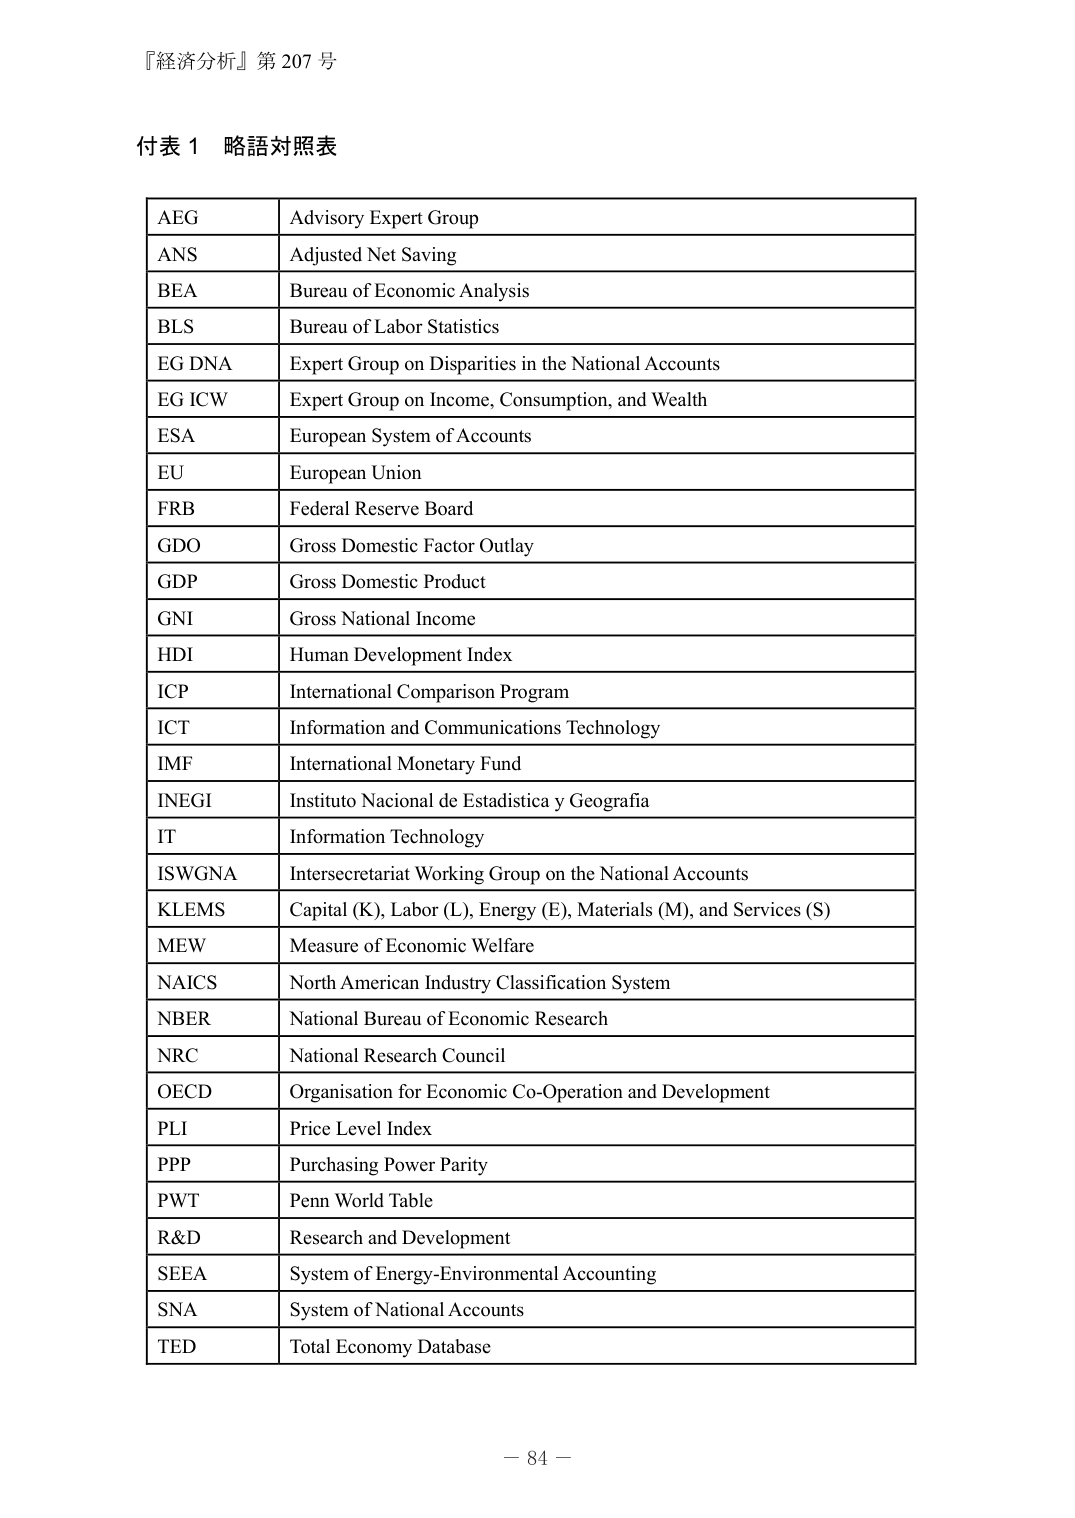
『経済分析』第 207 号

付表 1 略語対照表

AEG Advisory Expert Group
ANS Adjusted Net Saving
BEA Bureau of Economic Analysis
BLS Bureau of Labor Statistics
EG DNA Expert Group on Disparities in the National Accounts
EG ICW Expert Group on Income, Consumption, and Wealth
ESA European System of Accounts
EU European Union
FRB Federal Reserve Board
GDO Gross Domestic Factor Outlay
GDP Gross Domestic Product
GNI Gross National Income
HDI Human Development Index
ICP International Comparison Program
ICT Information and Communications Technology
IMF International Monetary Fund
INEGI Instituto Nacional de Estadistica y Geografia
IT Information Technology
ISWGNA Intersecretariat Working Group on the National Accounts
KLEMS Capital (K), Labor (L), Energy (E), Materials (M), and Services (S)
MEW Measure of Economic Welfare
NAICS North American Industry Classification System
NBER National Bureau of Economic Research
NRC National Research Council
OECD Organisation for Economic Co-Operation and Development
PLI Price Level Index
PPP Purchasing Power Parity
PWT Penn World Table
R&D Research and Development
SEEA System of Energy-Environmental Accounting
SNA System of National Accounts
TED Total Economy Database

－ 84 －